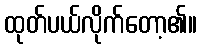
ထုတ်ပယ်လိုက်တော့၏။